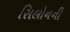
સિલોનની